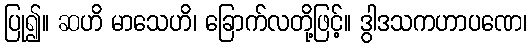
ပြု၍။ ဆဟိ မာသေဟိ၊ ခြောက်လတို့ဖြင့်။ ဒွါဒသကဟာပဏေ၊